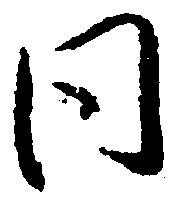
同